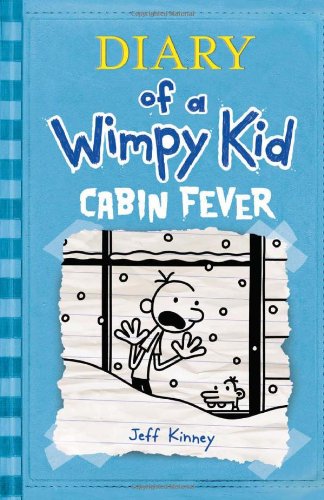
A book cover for Cabin Fever (Diary of a Wimpy Kid, Book 6); Jeff Kinney; Children's Books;